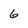
Character: 6